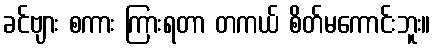
ခင်ဗျား စကား ကြားရတာ တကယ် စိတ်မကောင်းဘူး။